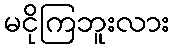
မငိုကြဘူးလား